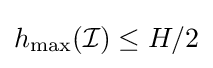
h_{\max }({\mathcal {I}})\leq H/2